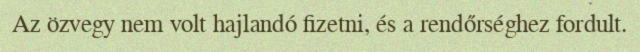
Az özvegy nem volt hajlandó fizetni, és a rendőrséghez fordult.